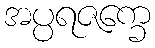
အပ္ပရဇက္ခေ